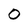
Character: O